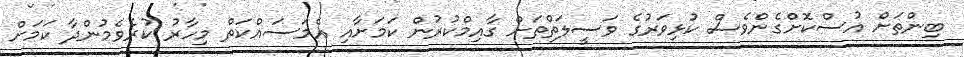
ބިންތަށް އުސްކޮށްގެންވެސް ކުޅިވަރުގެ ވަސީލަތްތަށް ގާއިމްކުރުން ކަމަށާއި އެމަސައްކަތް މިހާރު ކުރެވެމުންދާ ކަމަށް